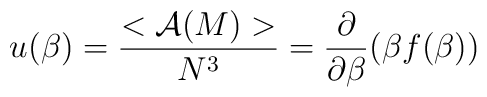
u(\beta)=\frac{<{\cal A}(M)>}{N^3} =\frac{\partial}{\partial \beta} (\beta f(\beta))